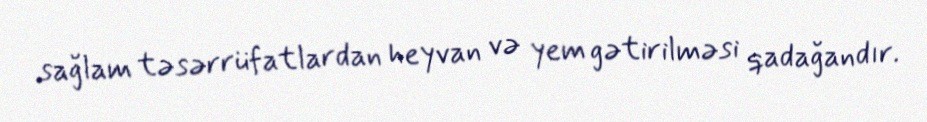
sağlam təsərrüfatlardan heyvan və yem gətirilməsi qadağandır.